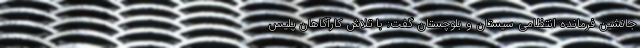
جانشین فرمانده انتظامی سیستان و بلوچستان گفت: با تلاش کارآگاهان پلیس